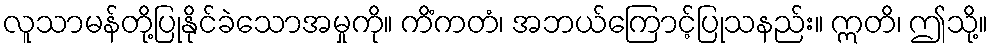
လူသာမန်တို့ပြုနိုင်ခဲသောအမှုကို။ ကိံကတံ၊ အဘယ်ကြောင့်ပြုသနည်း။ ဣတိ၊ ဤသို့။